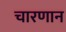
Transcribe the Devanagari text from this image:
चारणान